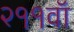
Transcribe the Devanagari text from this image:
२११वॉ